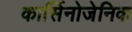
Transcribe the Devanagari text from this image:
कार्सिनोजेनिक